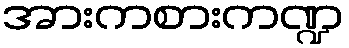
အားကစားကဏ္ဍ